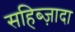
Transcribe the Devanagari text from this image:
सहिब्ज़ादा